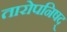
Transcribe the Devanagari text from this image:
तारोपनिषद्